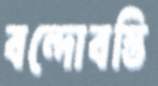
বন্দোবস্তি